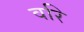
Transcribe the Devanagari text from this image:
वरि